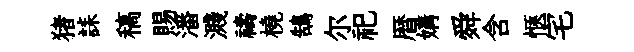
猪誄稿賜潘濺禱橈鵠尔祀暦媾舜含愜宅